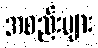
အစည်းများ